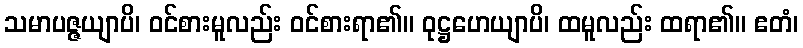
သမာပဇ္ဇယျာပိ၊ ဝင်စားမူလည်း ဝင်စားရာ၏။ ဝုဋ္ဌဟေယျာပိ၊ ထမူလည်း ထရာ၏။ ဧတံ၊